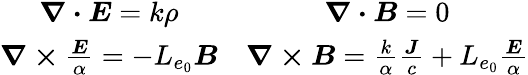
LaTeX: \begin{array}{cc}{\boldsymbol{\nabla\cdot E}=k\rho}&{\boldsymbol{\nabla\cdot B}=0}\\ {\boldsymbol{\nabla\times}\frac{\boldsymbol{E}}{\alpha}=-L_{e_{0}}\boldsymbol{B}}&{\boldsymbol{\nabla\times B}=\frac{k}{\alpha}\frac{\boldsymbol{J}}{c}+L_{e_{0}}\frac{\boldsymbol{E}}{\alpha}}\end{array}